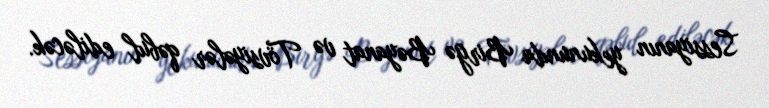
Sessiyanın yekununda Birgə Bəyanat və Tövsiyələr qəbul ediləcək.